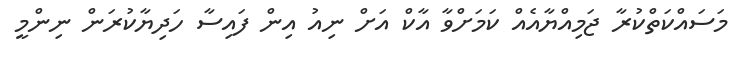
މަސައްކަތްކުރާ ޖަމިއްޔާއެއް ކަމަށްވާ އާކް އަށް ނިއު އިން ފައިސާ ހަދިޔާކުރަން ނިންމީ